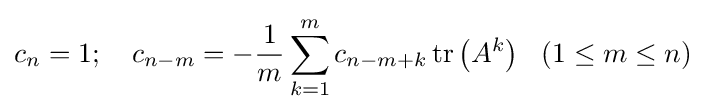
c_{n}=1;~~~c_{n-m}=-{\frac {1}{m}}\sum _{k=1}^{m}c_{n-m+k}\operatorname {tr} \left(A^{k}\right)~~(1\leq m\leq n)~